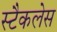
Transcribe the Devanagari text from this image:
स्टैकलेस